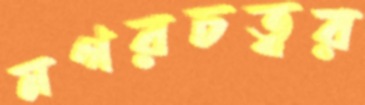
নগরচত্বর